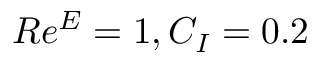
R e ^ { E } = 1 , C _ { I } = 0 . 2